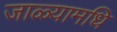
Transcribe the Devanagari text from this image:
जाळ्यामधि